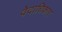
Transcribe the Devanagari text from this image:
वेदाधिकार